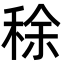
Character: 稌